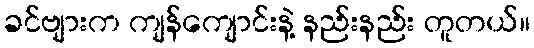
ခင်ဗျားက ကျန်ကျောင်းနဲ့ နည်းနည်း တူတယ်။